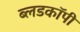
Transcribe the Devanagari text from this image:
ब्लडकॉपी